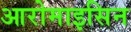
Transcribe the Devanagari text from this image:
आरोमाइसिन